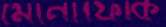
মোনাফেকি